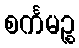
စင်္ကမဉ္စ